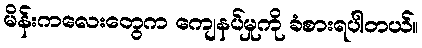
မိန်းကလေးတွေက ကျေနပ်မှုကို ခံစားရပါတယ်။